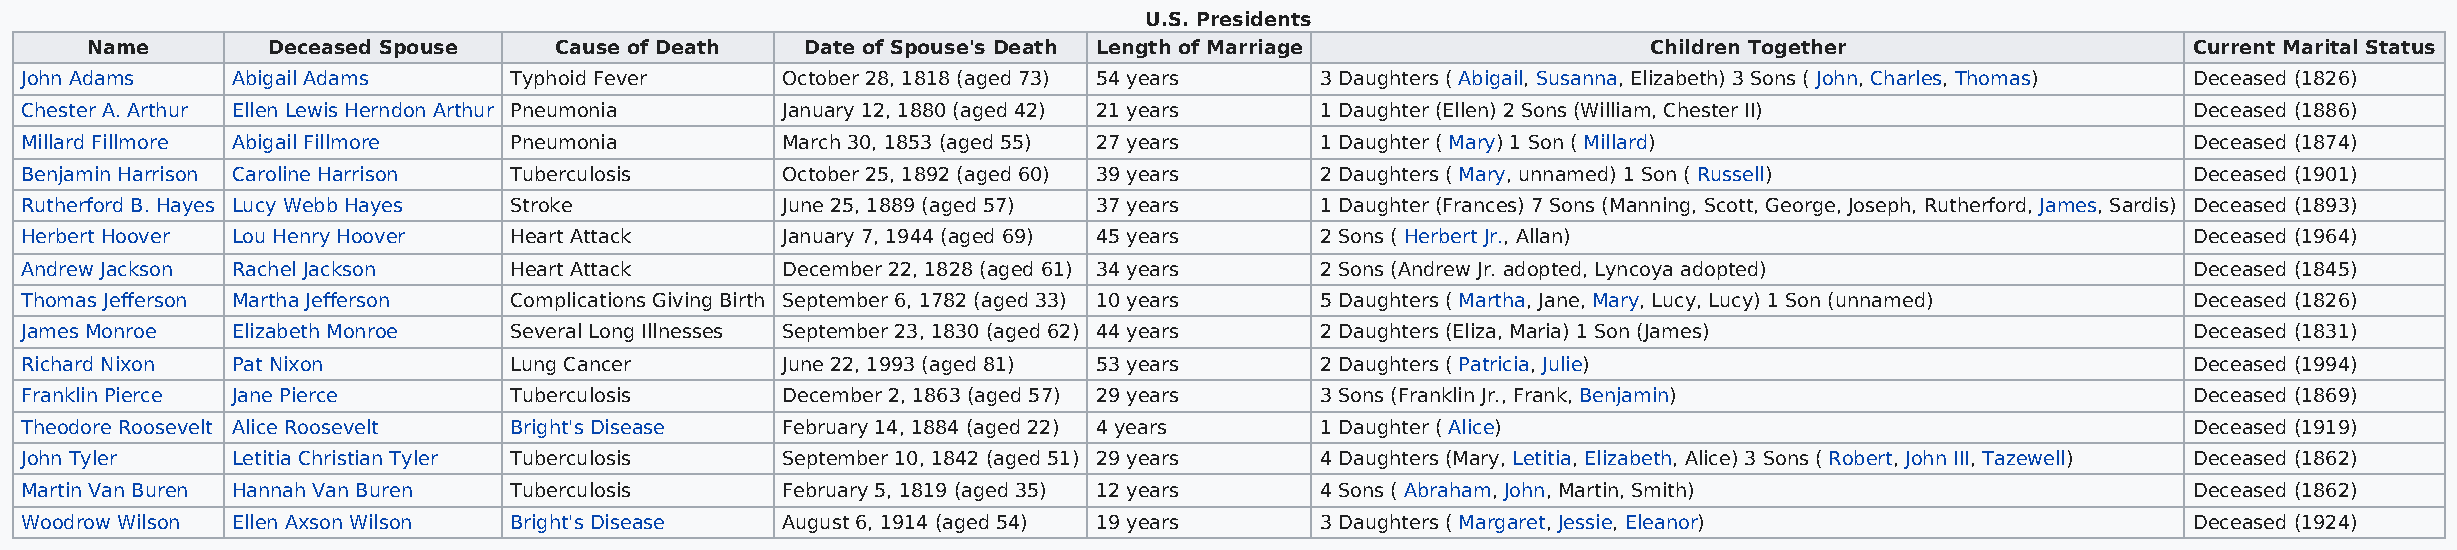
U.S. Presidents
 Name        Deceased Spouse    Cause of Death  Date of Spouse's Death Length of Marriage               Children Together                   Current Marital Status
 John Adams    Abigail Adams      Typhoid Fever     October 28, 1818 (aged 73) 54 years 3 Daughters ( Abigail, Susanna, Elizabeth) 3 Sons ( John, Charles, Thomas) Deceased (1826)
 Chester A. Arthur Ellen Lewis Herndon Arthur Pneumonia January 12, 1880 (aged 42) 21 years 1 Daughter (Ellen) 2 Sons (William, Chester II)      Deceased (1886)
 Millard Fillmore Abigail Fillmore Pneumonia        March 30, 1853 (aged 55) 27 years  1 Daughter ( Mary) 1 Son ( Millard)                       Deceased (1874)
 Benjamin Harrison Caroline Harrison Tuberculosis   October 25, 1892 (aged 60) 39 years 2 Daughters ( Mary, unnamed) 1 Son ( Russell)            Deceased (1901)
 Rutherford B. Hayes Lucy Webb Hayes Stroke         June 25, 1889 (aged 57) 37 years   1 Daughter (Frances) 7 Sons (Manning, Scott, George, Joseph, Rutherford, James, Sardis) Deceased (1893)
 Herbert Hoover Lou Henry Hoover  Heart Attack      January 7, 1944 (aged 69) 45 years 2 Sons ( Herbert Jr., Allan)                              Deceased (1964)
 Andrew Jackson Rachel Jackson    Heart Attack      December 22, 1828 (aged 61) 34 years 2 Sons (Andrew Jr. adopted, Lyncoya adopted)            Deceased (1845)
 Thomas Jefferson Martha Jefferson Complications Giving Birth September 6, 1782 (aged 33) 10 years 5 Daughters ( Martha, Jane, Mary, Lucy, Lucy) 1 Son (unnamed) Deceased (1826)
 James Monroe  Elizabeth Monroe   Several Long Illnesses September 23, 1830 (aged 62) 44 years 2 Daughters (Eliza, Maria) 1 Son (James)          Deceased (1831)
 Richard Nixon Pat Nixon          Lung Cancer       June 22, 1993 (aged 81) 53 years   2 Daughters ( Patricia, Julie)                            Deceased (1994)
 Franklin Pierce Jane Pierce      Tuberculosis      December 2, 1863 (aged 57) 29 years 3 Sons (Franklin Jr., Frank, Benjamin)                   Deceased (1869)
 Theodore Roosevelt Alice Roosevelt Bright's Disease February 14, 1884 (aged 22) 4 years 1 Daughter ( Alice)                                     Deceased (1919)
 John Tyler    Letitia Christian Tyler Tuberculosis September 10, 1842 (aged 51) 29 years 4 Daughters (Mary, Letitia, Elizabeth, Alice) 3 Sons ( Robert, John III, Tazewell) Deceased (1862)
 Martin Van Buren Hannah Van Buren Tuberculosis     February 5, 1819 (aged 35) 12 years 4 Sons ( Abraham, John, Martin, Smith)                   Deceased (1862)
 Woodrow Wilson Ellen Axson Wilson Bright's Disease August 6, 1914 (aged 54) 19 years  3 Daughters ( Margaret, Jessie, Eleanor)                  Deceased (1924)